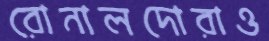
রোনালদোরাও